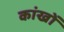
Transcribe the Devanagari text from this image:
कांखों